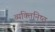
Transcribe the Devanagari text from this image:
व्यक्‍तिनिष्‍ठ